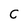
Character: c